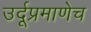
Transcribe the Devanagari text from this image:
उर्दूप्रमाणेच